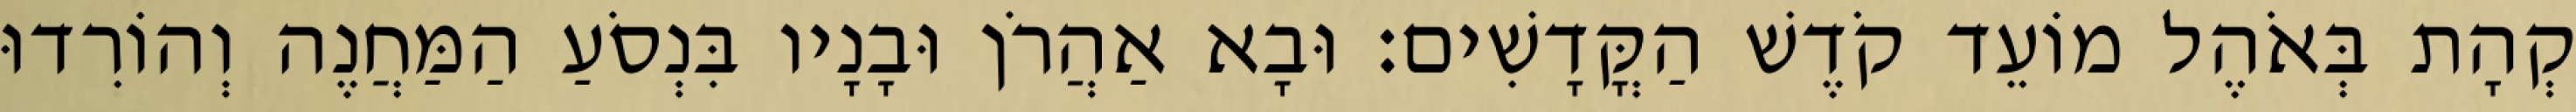
קְהָת בְּאֹהֶל מוֹעֵד קֹדֶשׁ הַקֳּדָשִׁים׃ וּבָא אַהֲרֹן וּבָנָיו בִּנְסֹעַ הַמַּחֲנֶה וְהוֹרִדוּ